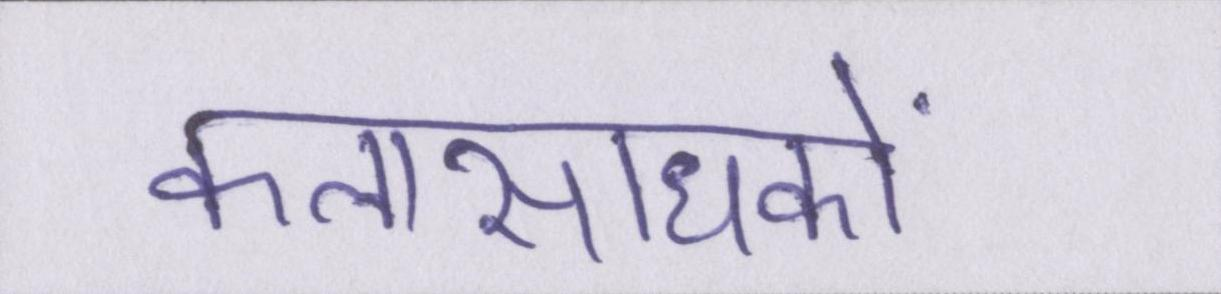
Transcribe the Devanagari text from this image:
कलासाधकों